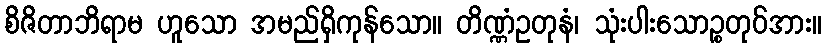
စိဇိတာဘိရာမ ဟူသော အမည်ရှိကုန်သော။ တိဏ္ဏံဥတုနံ၊ သုံးပါးသောဉ္စတုဝ်အား။